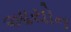
આયોન